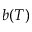
b ( T )